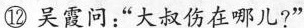
⑫吴霞问:“大叔伤在哪儿?”